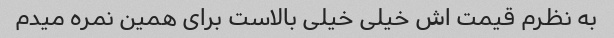
به نظرم قیمت اش خیلی خیلی بالاست برای همین نمره میدم